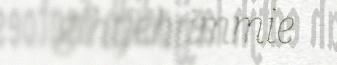
gihtjehtimmie